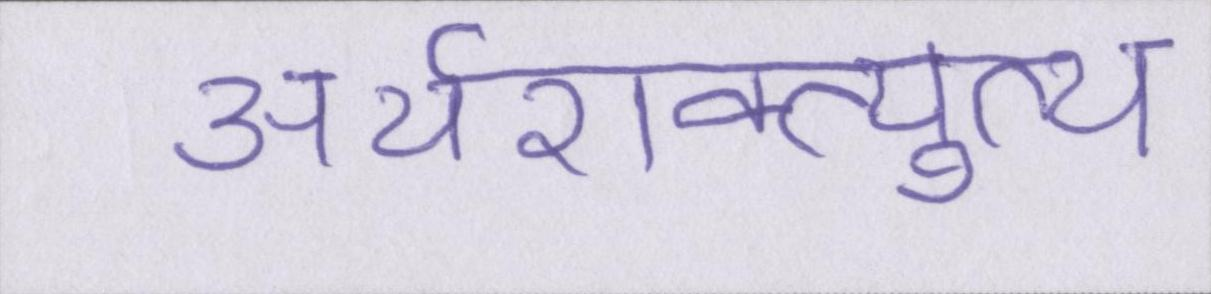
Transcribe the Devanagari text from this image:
अर्थशक्त्युत्थ